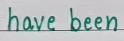
have been